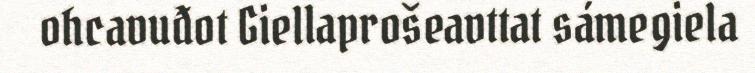
ohcavuđot Giellaprošeavttat sámegiela